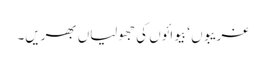
غریبوں ‘ بیوائوں کی جھولیاں بھریں۔